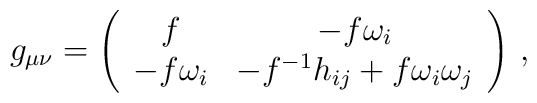
g_{\mu\nu}=\left(\begin{array}{cc}f&-f\omega_i\\-f \omega_i&-f^{-1}h_{ij}+f\omega_i\omega_j\end{array}\right)\,,